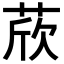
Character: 𦲽